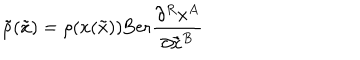
LaTeX: { \tilde { \rho } } ( { \tilde { x } } ) = \rho ( x ( { \tilde { x } } ) ) \mathrm { B e r } \frac { \partial ^ { R } x ^ { A } } { \partial { \tilde { x } } ^ { B } }